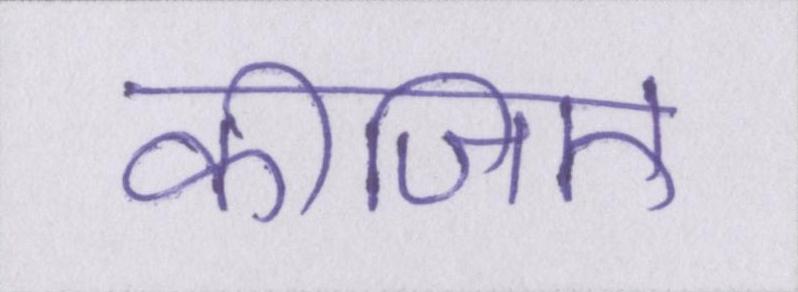
कीजिए